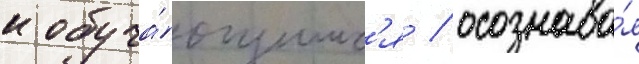
к обуча́ющимс'я / осознава́я